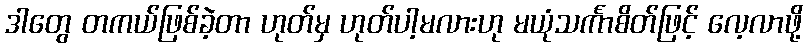
ဒါတွေ တကယ်ဖြစ်ခဲ့တာ ဟုတ်မှ ဟုတ်ပါ့မလားဟု မယုံသင်္ကာစိတ်ဖြင့် လေ့လာဖို့